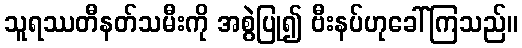
သူရဿတီနတ်သမီးကို အစွဲပြု၍ ဗီးနပ်ဟုခေါ်ကြသည်။